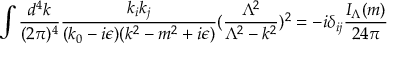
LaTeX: \int { \frac { d ^ { 4 } k } { ( 2 \pi ) ^ { 4 } } } { \frac { k _ { i } k _ { j } } { ( k _ { 0 } - i \epsilon ) ( k ^ { 2 } - m ^ { 2 } + i \epsilon ) } } ( { \frac { \Lambda ^ { 2 } } { \Lambda ^ { 2 } - k ^ { 2 } } } ) ^ { 2 } = - i \delta _ { i j } { \frac { I _ { \Lambda } ( m ) } { 2 4 \pi } }